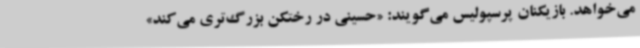
می‌خواهد. بازیکنان پرسپولیس می‌گویند: «حسینی در رختکن بزرگ‌تری می‌کند»